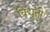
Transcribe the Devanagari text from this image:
विद्युती